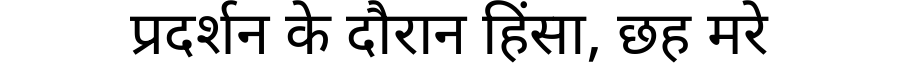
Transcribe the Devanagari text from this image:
प्रदर्शन के दौरान हिंसा, छह मरे